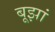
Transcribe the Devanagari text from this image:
बूझां